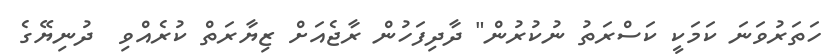
ހަތަރުވަނަ ކަމަކީ ކަސްރަތު ނުކުރުން" ދާދިފަހުން ރާޖެއަށް ޒިޔާރަތް ކުރެއްވި  ދުނިޔޭގެ